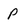
Character: p